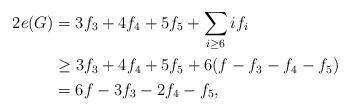
LaTeX: \begin{align*}2e(G)&=3f_3+4f_4+5f_5+\sum_{i\geq 6}if_i\\&\geq3f_3+4f_4+5f_5+6(f-f_3-f_4-f_5)\\&=6f-3f_3-2f_4-f_5,\end{align*}